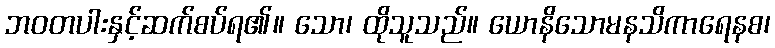
ဘဝတပါးနှင့်ဆက်စပ်ရ၏။ သော၊ ထိုသူသည်။ ယောနိသောမနသိကာရေနစ၊